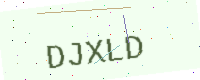
Text: DJXLD